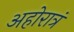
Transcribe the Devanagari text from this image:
अहोरात्रं